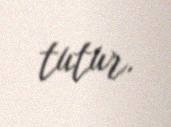
tutur.